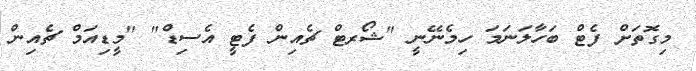
މިގޮތަށް ފެޓް ބަހާލަނަމަ ހިމެނޭނީ "ޝޯރޓް ޗެއިން ފެޓީ އެސިޑް" "މީޑިއަމް ޗެއިން